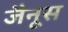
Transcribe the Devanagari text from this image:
जैनूस